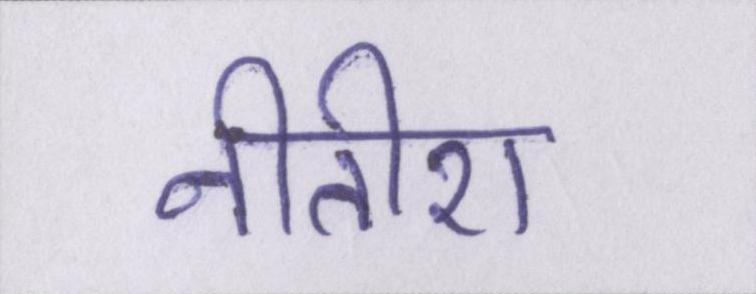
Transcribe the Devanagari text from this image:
नीतीश